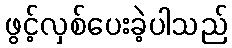
ဖွင့်လှစ်ပေးခဲ့ပါသည်